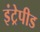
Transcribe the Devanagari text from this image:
इंट्रेपीड